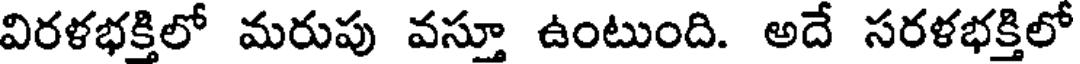
విరళభక్తిలో మరుపు వస్తూ ఉంటుంది. అదే సరళభక్తిలో